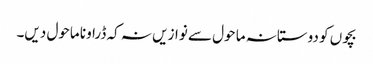
بچوں کو دوستانہ ما حول سے نوازیں نہ کہ ڈراونا ماحول دیں۔